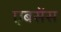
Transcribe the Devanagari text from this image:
एबसेंस